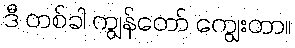
ဒီ တစ်ခါ ကျွန်တော် ကျွေးတာ။